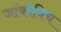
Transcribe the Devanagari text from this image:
जांकोविच